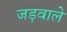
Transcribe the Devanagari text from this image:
जड़वाले